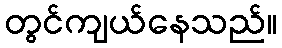
တွင်ကျယ်နေသည်။